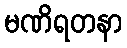
မဏိရတနာ